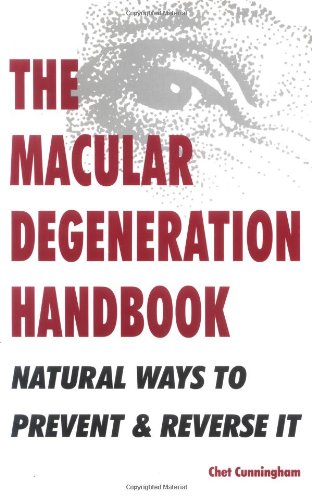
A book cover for The Macular Degeneration Handbook: Natural Ways to Prevent & Reverse It; Chet Cunningham; Health, Fitness & Dieting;